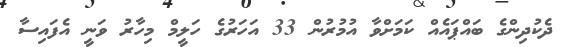
ދެކުދިންގެ ބައްޕައެއް ކަމަށްވާ އުމުރުން 33 އަހަރުގެ ހަލީމް މިހާރު ވަނީ އެފައިސާ